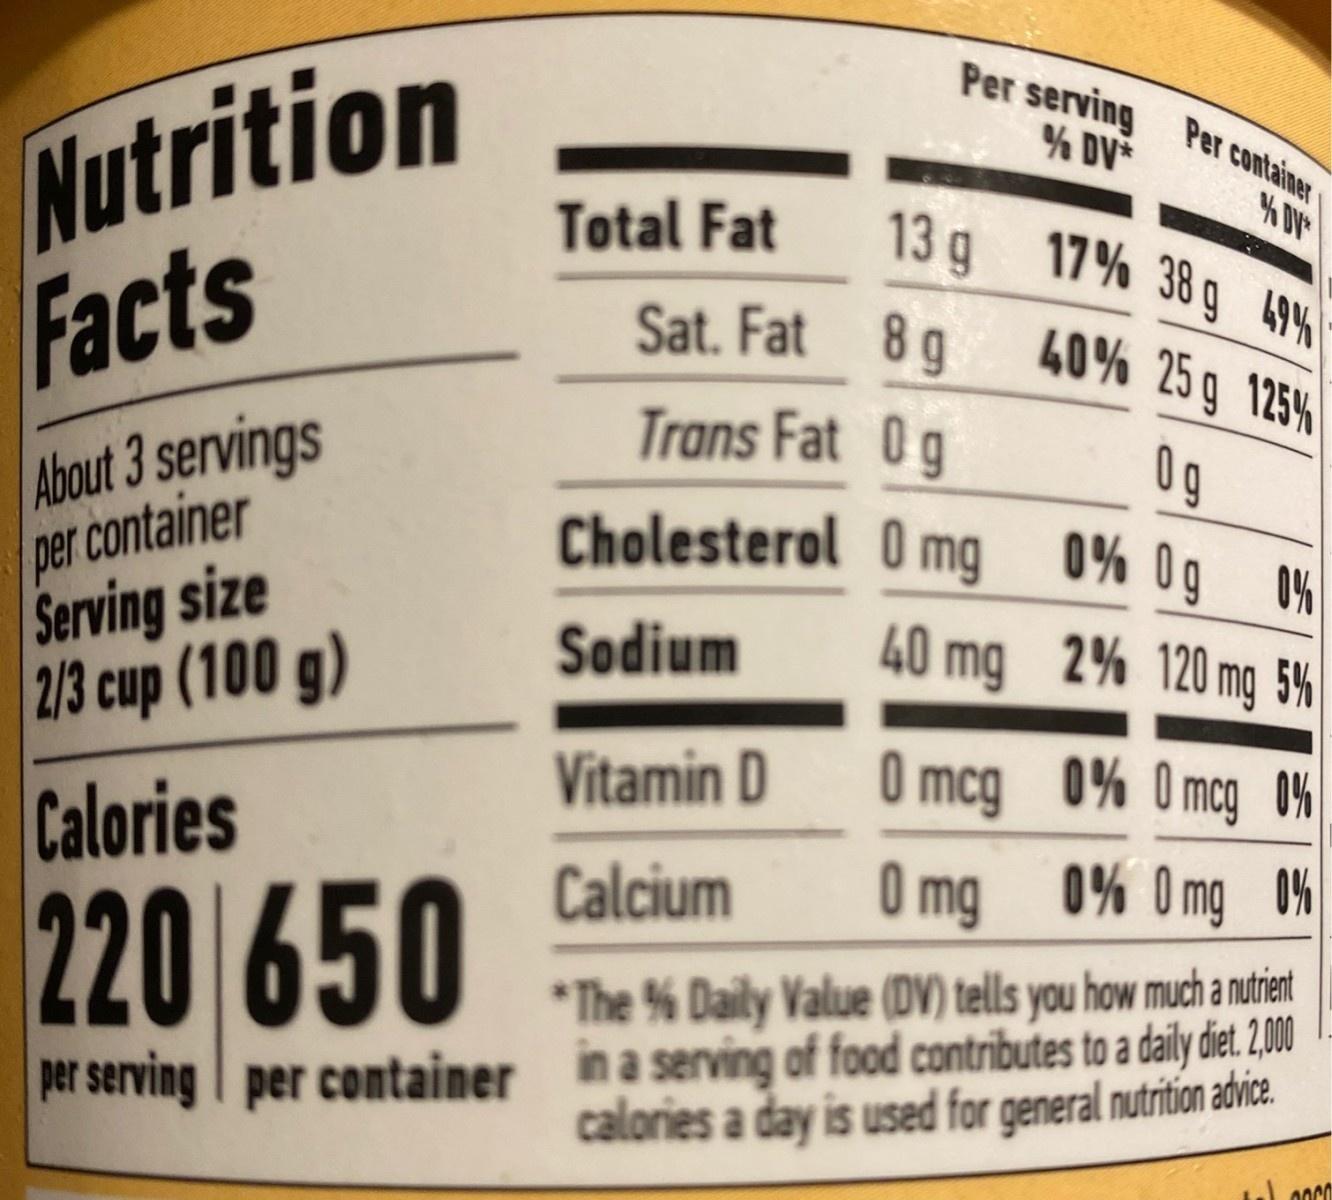
Nutrition Facts Per serving Per container % DV 13 g 17% 38 g 49% Total Fat Sat. Fat 8 g 40% 25 g 125% Trans Fat 0g About 3 servings per container Serving size 2/3 cup (100 g) 0g 0% Og 0% Cholesterol O mg Sodium 40 mg 2% 120 mg S% O mcg 0% Omog 0% Vitamin D Calories O mg 0% Omg 0% Calcium 220 650 * The % Daily Value (DV) tells you how much a nutient in a serving of food contributes to a daily diet 2,00 calories a day is used for general nutrition advica. per container per serving